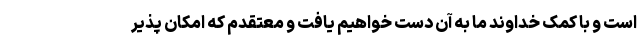
است و با کمک خداوند ما به آن دست خواهیم یافت و معتقدم که امکان پذیر